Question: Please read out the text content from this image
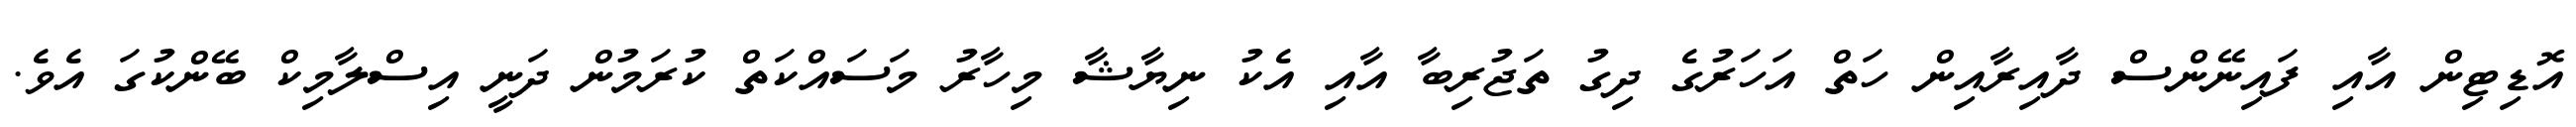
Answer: އޮޑިޓިން އާއި ފައިނޭންސް ދާއިރާއިން ހަތް އަހަރުގެ ދިގު ތަޖުރިބާ އާއި އެކު ނިޔާޝާ މިހާރު މަސައްކަތް ކުރަމުން ދަނީ އިސްލާމިކް ބޭންކުގަ އެވެ.